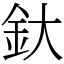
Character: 釱